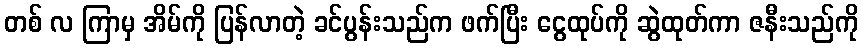
တစ် လ ကြာမှ အိမ်ကို ပြန်လာတဲ့ ခင်ပွန်းသည်က ဖက်ပြီး ငွေထုပ်ကို ဆွဲထုတ်ကာ ဇနီးသည်ကို